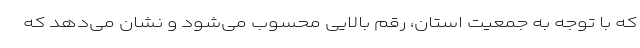
که با توجه به جمعیت استان، رقم بالایی محسوب می‌شود و نشان می‌دهد که